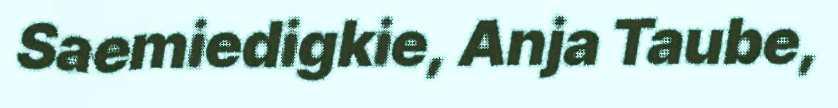
Saemiedigkie, Anja Taube,